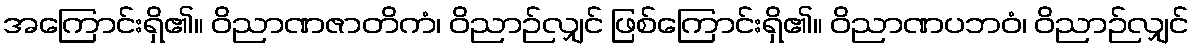
အကြောင်းရှိ၏။ ဝိညာဏဇာတိကံ၊ ဝိညာဉ်လျှင် ဖြစ်ကြောင်းရှိ၏။ ဝိညာဏပဘဝံ၊ ဝိညာဉ်လျှင်